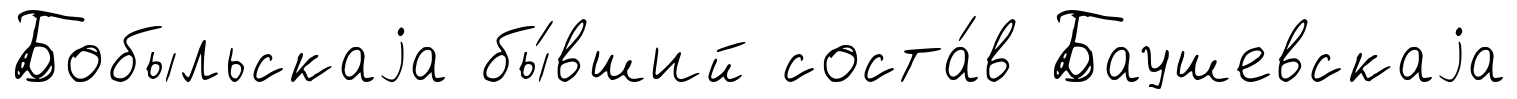
Бобыльскаjа бы́вший соста́в Баушевскаjа